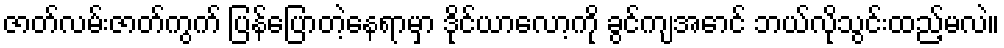
ဇာတ်လမ်းဇာတ်ကွက် ပြန်ပြောတဲ့နေရာမှာ ဒိုင်ယာလော့ကို ခွင်ကျအောင် ဘယ်လိုသွင်းထည့်မလဲ။